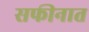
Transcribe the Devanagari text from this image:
सफीनात